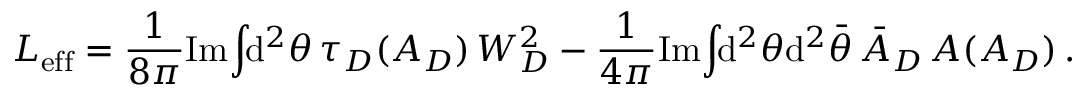
{ \cal L } _ { \mathrm { e f f } } = \frac { 1 } { 8 \pi } \mathrm { I m } \! \int \! \! \mathrm { d } ^ { 2 } \theta \, \tau _ { D } ( A _ { D } ) \, W _ { D } ^ { 2 } - \frac { 1 } { 4 \pi } \mathrm { I m } \! \int \! \! \mathrm { d } ^ { 2 } \theta \mathrm { d } ^ { 2 } \bar { \theta } \, \bar { A } _ { D } \, A ( A _ { D } ) \, .